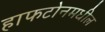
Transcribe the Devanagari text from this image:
हाफटोनमधील